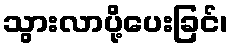
သွားလာပို့ပေးခြင်၊